Eesti_Rahvusfond, lk 32
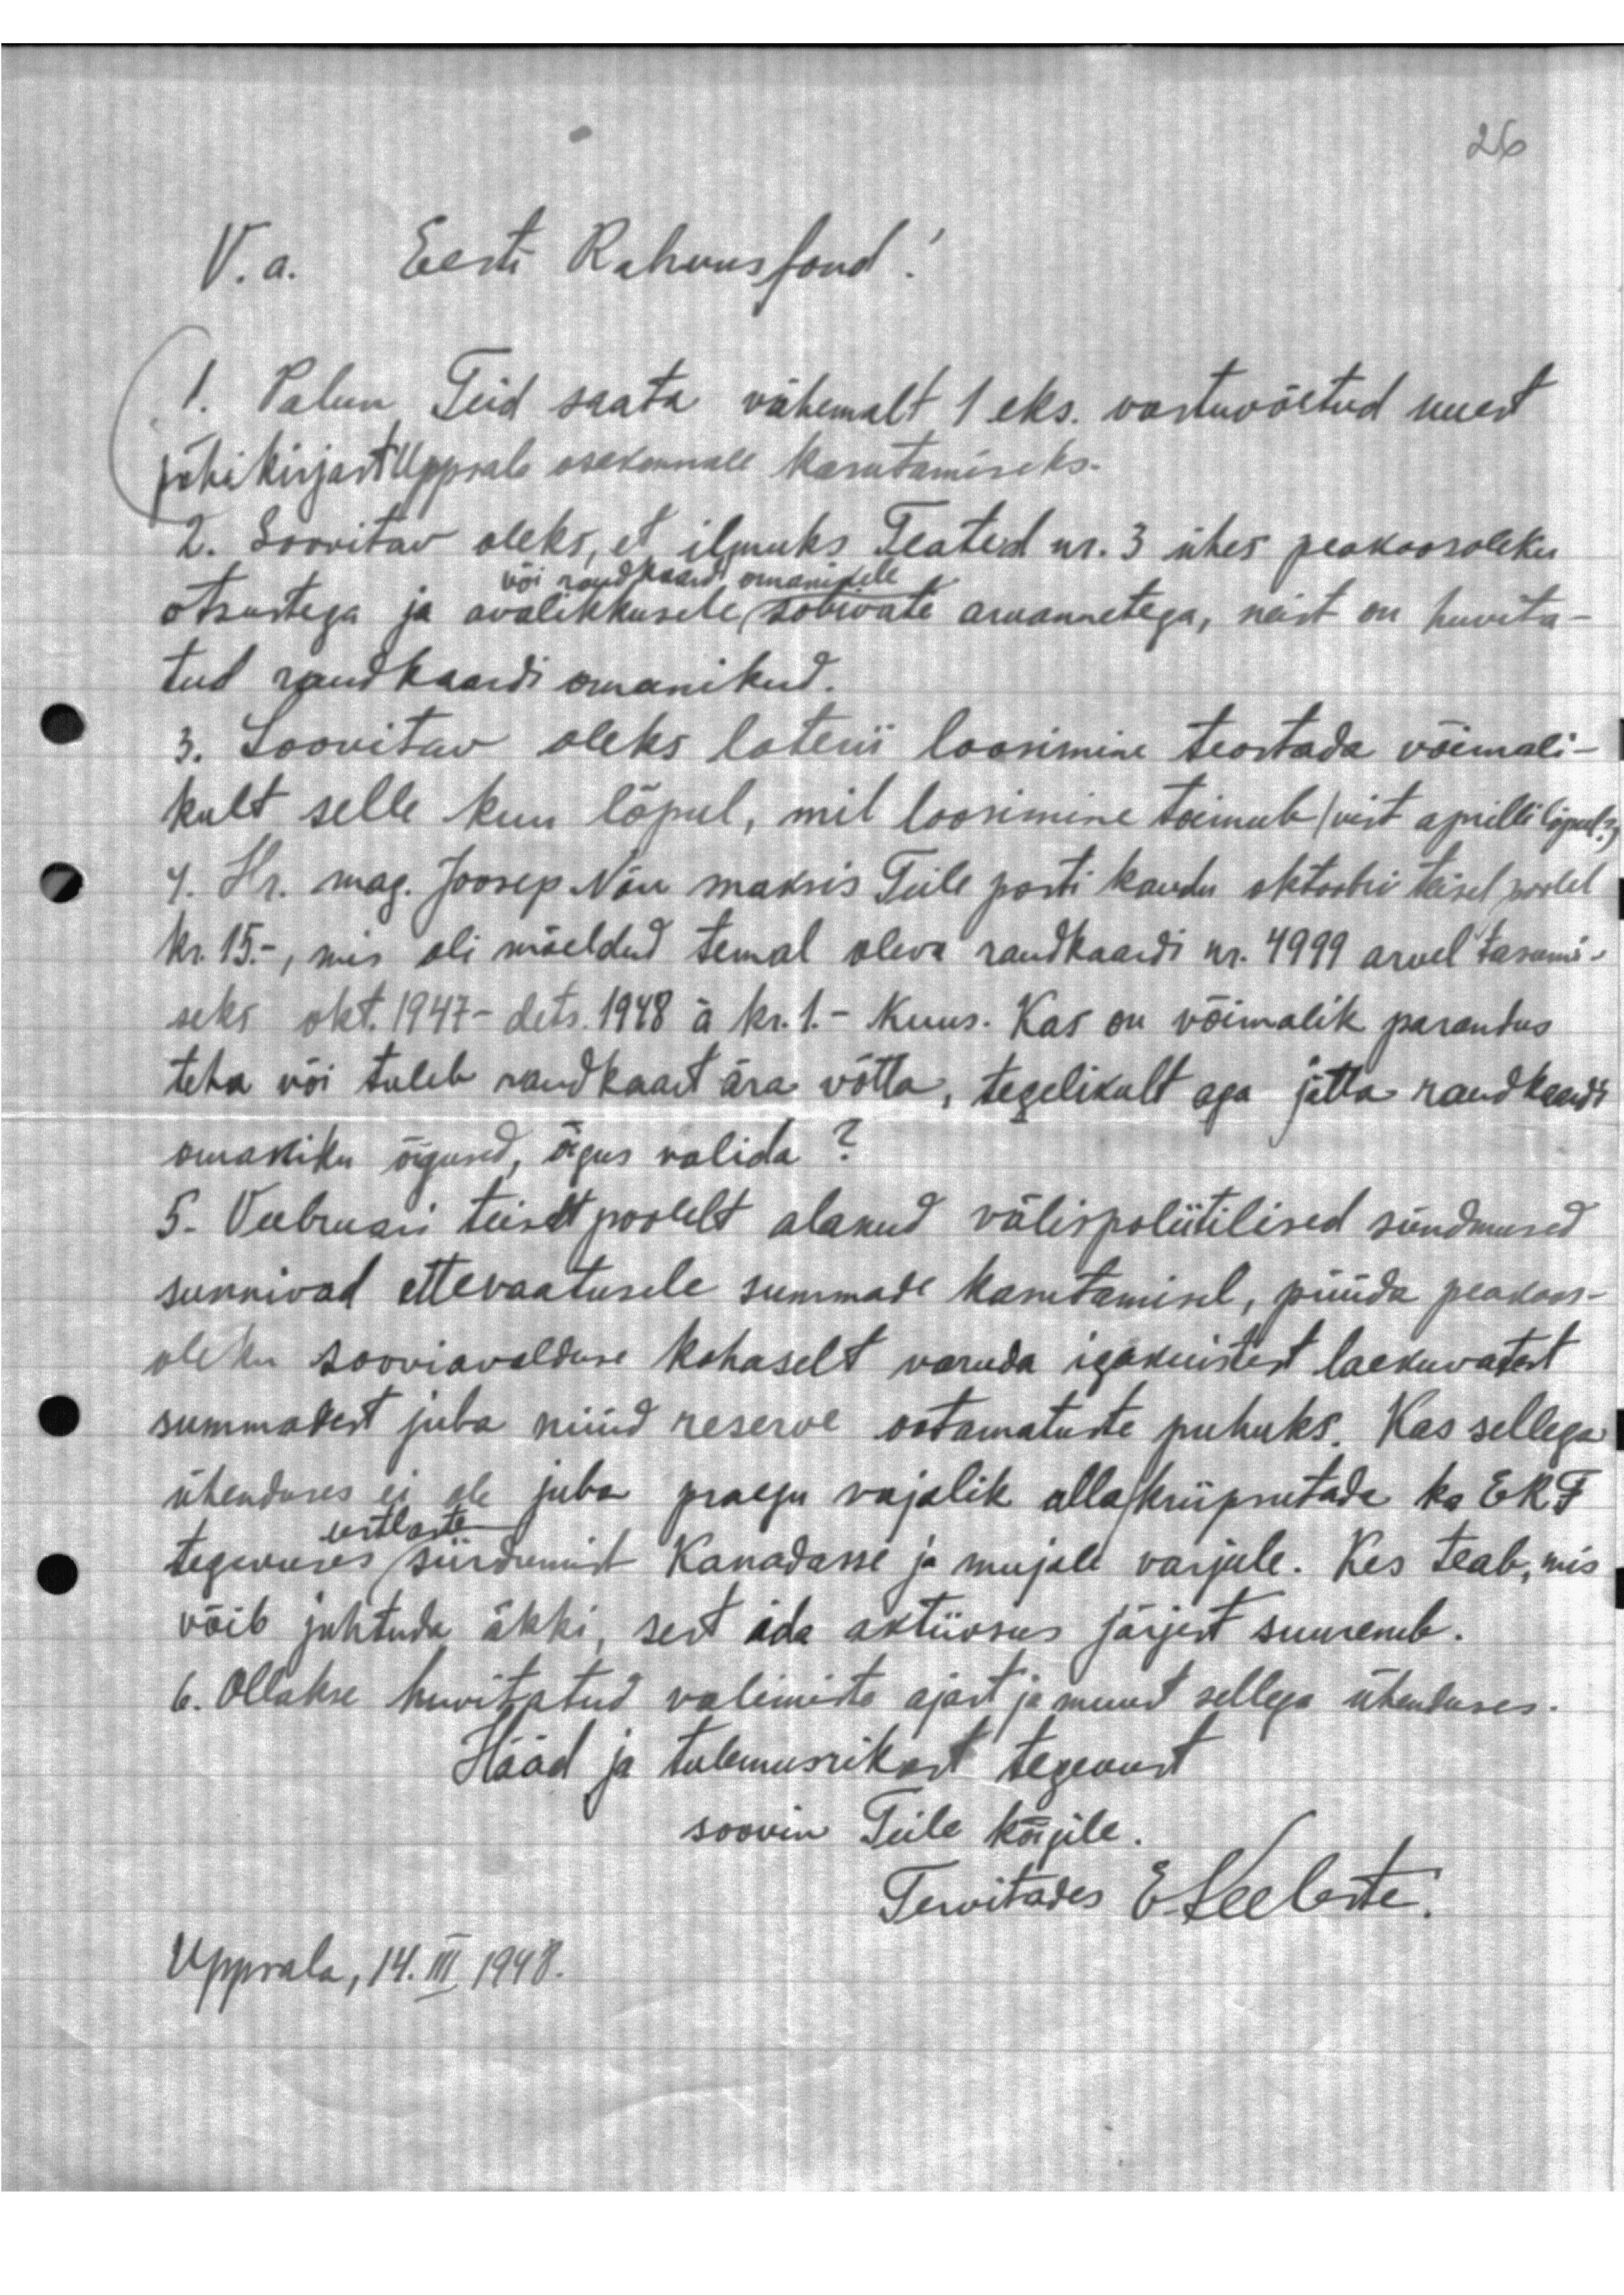
V. a. Eesti Rahvusfond!
1. Palun Teid saata vähemalt 1 eks. vastuvõetud uuest
põhikirjast Uppsala osakonnale kasutamiseks.
2. Soovitav oleks, et ilmuks Teated nr. 3 ühes peakoosoleku
või raudkaardi omanikele
otsustega ja avalikkusele sobivate aruannetega, neist on huvita-
tud raudkaardi omanikud.
3. Soovitav oleks loterii loosimine teostada võimali-
kult selle kuu lõpul, mil loosimine toimub (vist aprilli lõpul?)
4. Hr. mag. Joosep Nõu maksis Teile posti kaudu oktoobri teisel poolel
Kr 15.-, mis oli mõeldud temal oleva raudkaadi nr. 4999 arvel tasumi-
seks okt. 1947 - dets. 1918 a kr. 1. - kuus. Kas on võimalik parandus
teha või tuleb raudkaart ära võtta, tegelikult aga jätta raudkaardi
omaniku õigused, õigus valida?
5. Veebruari teiselt poolelt alanud välispoliitilised sündmused
sunnivad ettevaatusele summade kasutamisel, püüda peakoos-
oleku sooviavalduse kohaselt varuda igakuistest laekuvatest
summadest juba nüüd reserve ootamatuste puhuks. Kas sellega
ühenduses ei ole juba praegu vajalik allakriipsutada ka EKF
eestlaste
tegevuses siirdumist Kanadasse ja mujale varjule. Kes teab, mis
võib juhtuda äkki, sest ida aktiivsus järjest suureneb.
6. Ollakse huvitatud valimite ajast ja muust sellega ühenduses.
Hääd ja tulemusrikast tegevust
soovin Teile Kõigile
Tervitades E. Keeleste.
Uppsala, 14. III 1948.